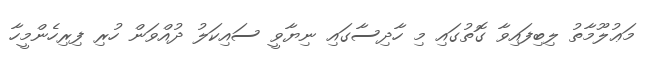
މަޢުލޫމާތު ލިބިފައިވާ ގޮތުގައި މި ހާދިސާގައި ނިޔާވީ ސައިކަލު ދުއްވަން ހުރި ފިރިހެންމީހާ